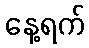
နေ့ရက်